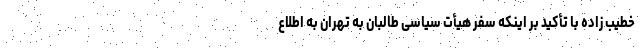
خطیب زاده با تأکید بر اینکه سفر هیأت سیاسی طالبان به تهران به اطلاع